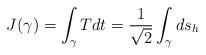
LaTeX: \begin{align*}J(\gamma)=\int_{\gamma}Tdt=\frac{1}{\sqrt{2}}\int_{\gamma}ds_{h} \end{align*}